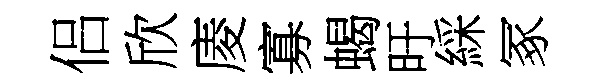
侣欣庱寡蝎旴綵冢